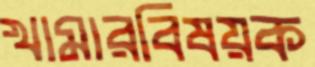
খামারবিষয়ক